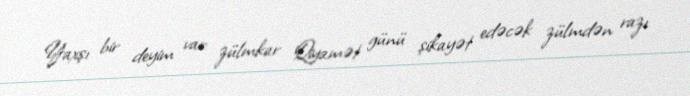
Yaxşı bir deyim var: zülmkar Qiyamət günü şikayət edəcək zülmdən razı